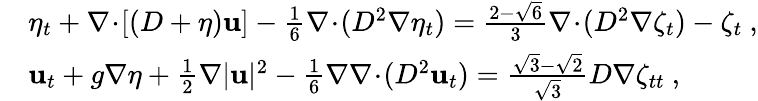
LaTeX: \begin{array}{rl}&{\eta_{t}+\nabla\! \cdot\! [(D+\eta)\mathbf{u}]-\frac{1}{6}\nabla\! \cdot\! (D^{2}\nabla\eta_{t})=\frac{2-\sqrt{6}}{3}\nabla\! \cdot\! (D^{2}\nabla\zeta_{t})-\zeta_{t}\ ,}\\ &{\mathbf{u}_{t}+g\nabla\eta+\frac{1}{2}\nabla|\mathbf{u}|^{2}-\frac{1}{6}\nabla\nabla\! \cdot\! (D^{2}\mathbf{u}_{t})=\frac{\sqrt{3}-\sqrt{2}}{\sqrt{3}}D\nabla\zeta_{tt}\ ,}\end{array}